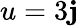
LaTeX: u=3\mathbf{j}